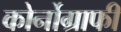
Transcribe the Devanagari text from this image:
कोर्नोग्राफी